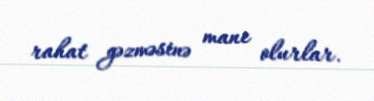
rahat gəzməsinə mane olurlar.